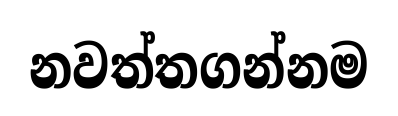
නවත්තගන්නම